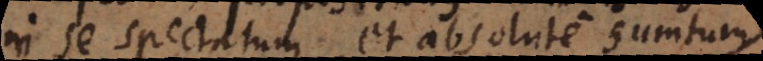
in se spectatum et absolute sumtum